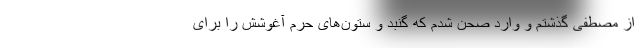
از مصطفی گذشتم و وارد صحن شدم که گنبد و ستون‌های حرم آغوشش را برای